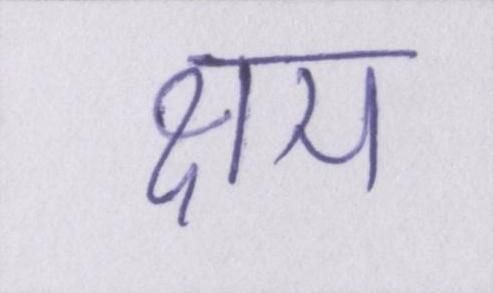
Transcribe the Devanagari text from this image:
क्षय